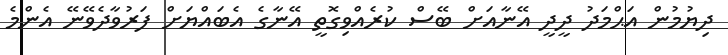
ދިޔުމުން އަޙްމަދު ދީދީ އޭނާއަށް ބޭސް ކުރެއްވިގޮތީ އޭނާގެ އެބައްޔަށް ފަރުވާދެވޭނޭ އެންމެ